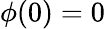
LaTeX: \phi(0)=0